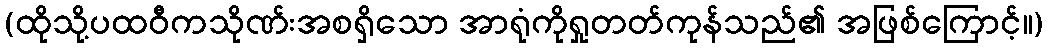
(ထိုသို့ပထဝီကသိုဏ်းအစရှိသော အာရုံကိုရှုတတ်ကုန်သည်၏ အဖြစ်ကြောင့်။)